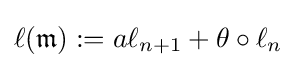
\ell ({\mathfrak {m}}):=a\ell _{n+1}+\theta \circ \ell _{n}